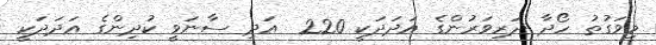
މިވަގުތު ހޯދާ ދަރިވަރުންގެ އަދަދަކީ 220  އަދި ސާނަވީ ކުދިންގެ އަދަދަކީ